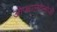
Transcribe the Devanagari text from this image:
ओप्थाल्मोलोजी